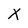
Character: X